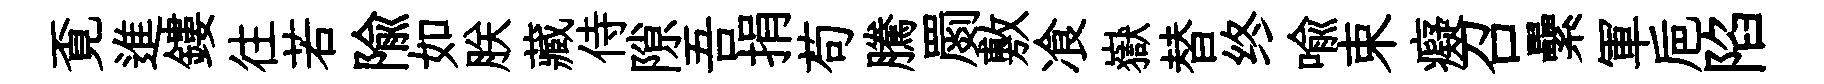
覔進鏤往若隃如朕藏侍隙吾捐苟騰罽敷飡嶽替终喻束癡召纍軍巵陷